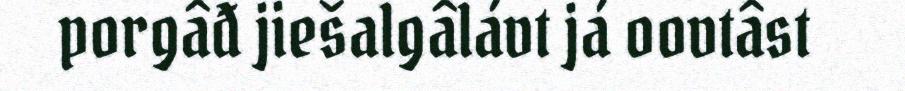
porgâđ jiešalgâlávt já oovtâst